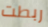
ربطت